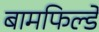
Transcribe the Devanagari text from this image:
बामफिल्डे